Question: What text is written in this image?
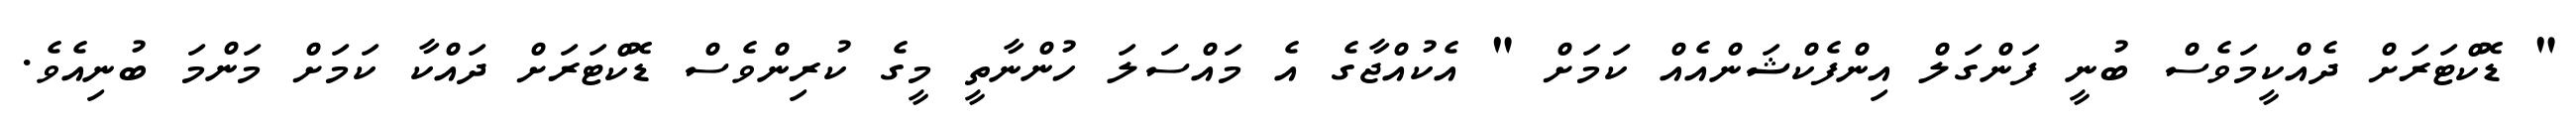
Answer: " ޑޮކްޓަރަށް ދެއްކީމަވެސް ބުނީ ފަންގަލް އިންފެކްޝަންއެއް ކަމަށް " އެކުއްޖާގެ އެ މައްސަލަ ހުންނާތީ މީގެ ކުރިންވެސް ޑޮކްޓަރަށް ދައްކާ ކަމަށް މަންމަ ބުނިއެވެ.